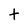
Character: t